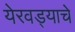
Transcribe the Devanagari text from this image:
येरवड्याचे